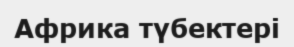
Африка түбектері